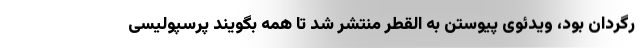
رگردان بود، ویدئوی پیوستن به القطر منتشر شد تا همه بگویند پرسپولیسی